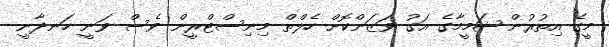
މީގެ އިތުރުން ޝަމީމާގެ އަގު ވަޒަންކޮށް ހެލްތް މިނިސްޓްރީން ވެސް ވަނީ ހަނދާނީ